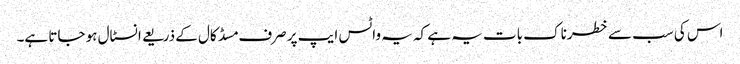
اس کی سب سے خطرناک بات یہ ہے کہ یہ واٹس ایپ پر صرف مسڈ کال کے ذریعے انسٹال ہو جاتا ہے۔